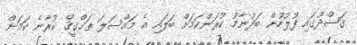
ޤަޞްދުގައި ފުލުހުން ބަދުނާމު ކުރަންކަމަށް ބަަލައި އެ މައްސަލަ ތަޙްޤީޤް ކުރާނެ ކަމަށް